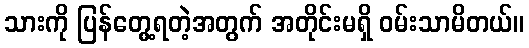
သားကို ပြန်တွေ့ရတဲ့အတွက် အတိုင်းမရှိ ဝမ်းသာမိတယ်။